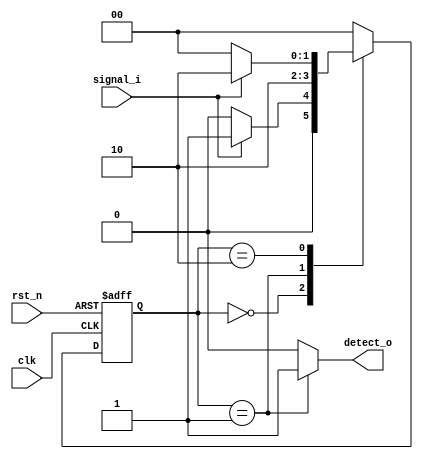
`timescale 1ns / 1ps
//////////////////////////////////////////////////////////////////////////////////
// Company: 
// Engineer: 
// 
// Design Name: 
// Module Name: fsm_ornek3
// Project Name: 
// Target Devices: 
// Tool Versions: 
// Description: 
// 
// Dependencies: 
// 
// Revision:
// Revision 0.01 - File Created
// Additional Comments:
// 
//////////////////////////////////////////////////////////////////////////////////


module fsm_ornek3
(
input clk,
input rst_n,
input signal_i,
output detect_o
);

localparam tetik_bekle  = 2'b00;
localparam tetik_alindi = 2'b01;
localparam bekle        = 2'b10;

reg [1:0] state;
reg detect;

always @(posedge clk, negedge rst_n) begin
    if (rst_n == 1'b0) begin
        state <= tetik_bekle;
    end
    else begin
        case (state)
            tetik_bekle : begin
                if (signal_i == 1'b0) begin
                    state <= tetik_bekle;
                end
                else begin
                    state <= tetik_alindi;
                end
            end 
            tetik_alindi : begin
                state <= bekle;             
            end
            bekle : begin
                if (signal_i == 1'b0) begin
                    state <= tetik_bekle;
                end
                else begin
                    state <= bekle;
                end
            end             
            default: begin
                state <= tetik_bekle;
            end
        endcase
    end
end

always@(*) begin
    case (state)
        tetik_bekle : begin
            detect = 1'b0;
        end 
        tetik_alindi : begin
            detect = 1'b1;             
        end
        bekle : begin
            detect = 1'b0;
        end             
        default: begin
            detect = 1'b0;
        end
    endcase
end

assign detect_o = detect;

endmodule